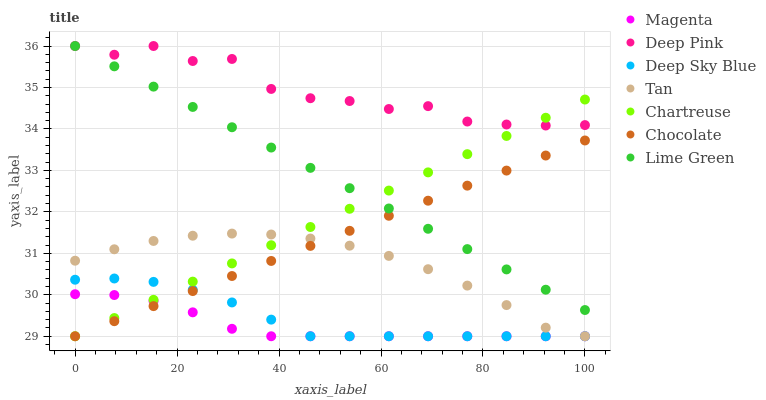
| xaxis_label | Magenta | Deep Pink | Deep Sky Blue | Tan | Chartreuse | Chocolate | Lime Green |
 | --- | --- | --- | --- | --- | --- | --- | --- |
 | 0 | 30 | 36 | 30.4 | 30.8 | 29 | 29 | 36 |
 | 7.69 | 30 | 35.8 | 30.4 | 31.1 | 29.4 | 29.4 | 35.5 |
 | 15.4 | 29.8 | 36 | 30.3 | 31.3 | 29.9 | 29.7 | 35 |
 | 23.1 | 29.6 | 35.6 | 30.1 | 31.4 | 30.3 | 30.1 | 34.5 |
 | 30.8 | 29.2 | 35.7 | 29.8 | 31.5 | 30.8 | 30.5 | 34 |
 | 38.5 | 29 | 35 | 29.4 | 31.5 | 31.2 | 30.8 | 33.6 |
 | 46.2 | 29 | 34.7 | 29 | 31.4 | 31.6 | 31.2 | 33.1 |
 | 53.8 | 29 | 34.7 | 29 | 31.2 | 32.1 | 31.5 | 32.6 |
 | 61.5 | 29 | 34.5 | 29 | 30.9 | 32.5 | 31.9 | 32.1 |
 | 69.2 | 29 | 34.6 | 29 | 30.6 | 33 | 32.3 | 31.6 |
 | 76.9 | 29 | 34.2 | 29 | 30.2 | 33.4 | 32.6 | 31.1 |
 | 84.6 | 29 | 34.1 | 29 | 29.8 | 33.8 | 33 | 30.6 |
 | 92.3 | 29 | 34.1 | 29 | 29.2 | 34.3 | 33.4 | 30.1 |
 | 100 | 29 | 34.1 | 29 | 29 | 34.7 | 33.7 | 29.6 |